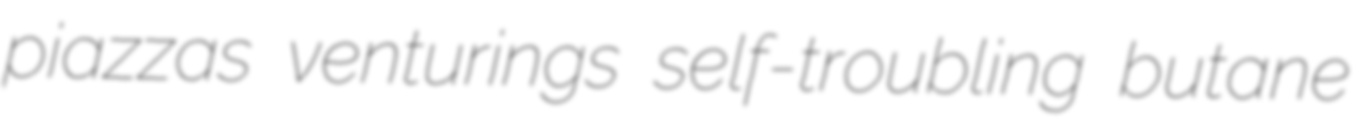
piazzas venturings self-troubling butane